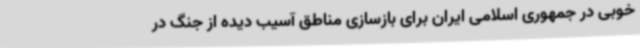
خوبی در جمهوری اسلامی ایران برای بازسازی مناطق آسیب دیده از جنگ در